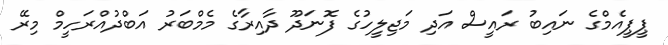
ޕީޕީއެމްގެ ނައިބު ރައީސް އަދި މަޖިލީހުގެ ފޮނަދޫ ދާއިރާގެ މެމްބަރު އަބްދުއްރަހީމް މިރޭ